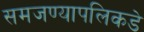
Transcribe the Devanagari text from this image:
समजण्यापलिकडे